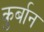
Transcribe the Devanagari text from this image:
कु़र्बान